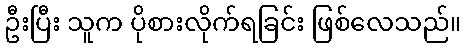
ဦးပြီး သူက ပိုစားလိုက်ရခြင်း ဖြစ်လေသည်။